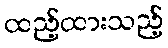
ထည့်ထားသည့်